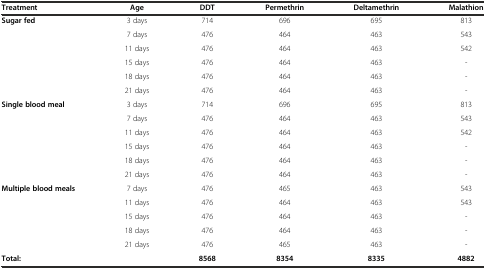
<table><thead><tr><td><b>Treatment</b></td><td><b>Age</b></td><td><b>DDT</b></td><td><b>Permethrin</b></td><td><b>Deltamethrin</b></td><td><b>Malathion</b></td></tr></thead><tbody><tr><td><b>Sugar fed</b></td><td>3 days</td><td>714</td><td>696</td><td>695</td><td>813</td></tr><tr><td></td><td>7 days</td><td>476</td><td>464</td><td>463</td><td>543</td></tr><tr><td></td><td>11 days</td><td>476</td><td>464</td><td>463</td><td>542</td></tr><tr><td></td><td>15 days</td><td>476</td><td>464</td><td>463</td><td>-</td></tr><tr><td></td><td>18 days</td><td>476</td><td>464</td><td>463</td><td>-</td></tr><tr><td></td><td>21 days</td><td>476</td><td>464</td><td>463</td><td>-</td></tr><tr><td><b>Single blood meal</b></td><td>3 days</td><td>714</td><td>696</td><td>695</td><td>813</td></tr><tr><td></td><td>7 days</td><td>476</td><td>464</td><td>463</td><td>543</td></tr><tr><td></td><td>11 days</td><td>476</td><td>464</td><td>463</td><td>542</td></tr><tr><td></td><td>15 days</td><td>476</td><td>464</td><td>463</td><td>-</td></tr><tr><td></td><td>18 days</td><td>476</td><td>464</td><td>463</td><td>-</td></tr><tr><td></td><td>21 days</td><td>476</td><td>464</td><td>463</td><td>-</td></tr><tr><td><b>Multiple blood meals</b></td><td>7 days</td><td>476</td><td>465</td><td>463</td><td>543</td></tr><tr><td></td><td>11 days</td><td>476</td><td>464</td><td>463</td><td>543</td></tr><tr><td></td><td>15 days</td><td>476</td><td>464</td><td>463</td><td>-</td></tr><tr><td></td><td>18 days</td><td>476</td><td>464</td><td>463</td><td>-</td></tr><tr><td></td><td>21 days</td><td>476</td><td>465</td><td>463</td><td>-</td></tr><tr><td><b>Total:</b></td><td></td><td><b>8568</b></td><td><b>8354</b></td><td><b>8335</b></td><td><b>4882</b></td></tr></tbody></table>